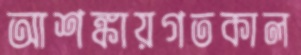
আশঙ্কায়গতকাল